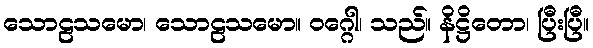
သောဠသမော၊ သောဠသမော။ ဝဂ္ဂေါ၊ သည်။ နိဋ္ဌိတော၊ ပြီးပြီ။